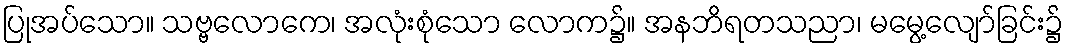
ပြုအပ်သော။ သဗ္ဗလောကေ၊ အလုံးစုံသော လောက၌။ အနဘိရတသညာ၊ မမွေ့လျော်ခြင်း၌